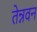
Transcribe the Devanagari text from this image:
तेन्नवन